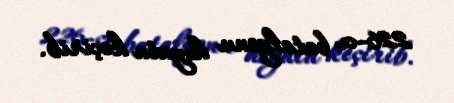
226-cı batalyonu həyata keçirib.